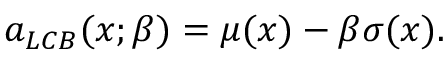
a _ { L C B } ( x ; \beta ) = \mu ( x ) - \beta \sigma ( x ) .